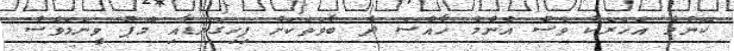
ކޮންމެ އަހަރަކު ވެސް އެންމެ ހާއްސަ ދެ ބާވަތަކަށް ފިހިގަނޑާއި މޮޕު ވީނަމަވެސް